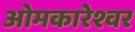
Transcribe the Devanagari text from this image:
ओमकारेश्वर